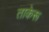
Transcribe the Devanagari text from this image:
ताकेरू